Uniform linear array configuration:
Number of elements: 64
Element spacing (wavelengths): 0.25
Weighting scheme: kaiser
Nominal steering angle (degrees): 60
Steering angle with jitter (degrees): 58.593
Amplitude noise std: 0.05
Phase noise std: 0.05

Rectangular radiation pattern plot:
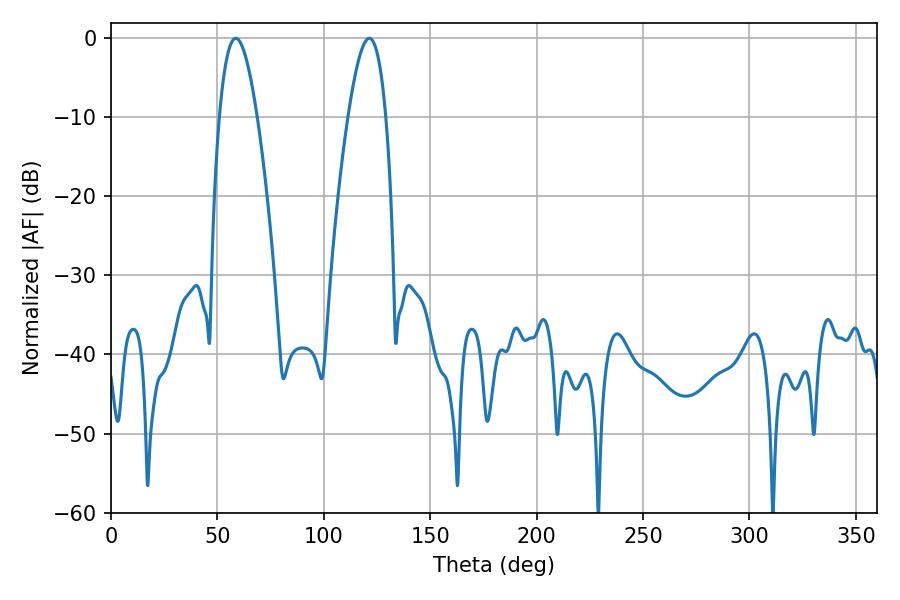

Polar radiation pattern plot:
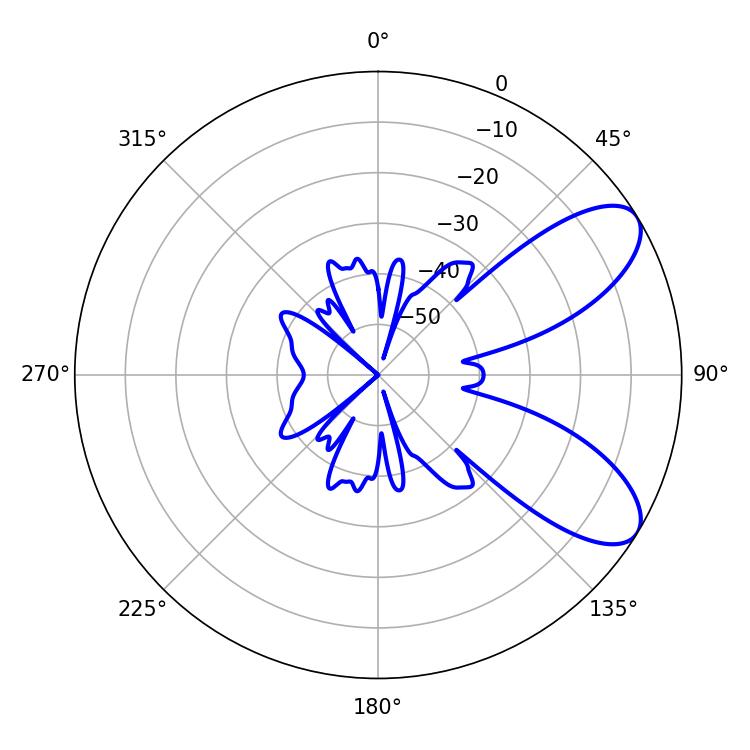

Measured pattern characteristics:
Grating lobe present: FALSE
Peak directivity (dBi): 8.05
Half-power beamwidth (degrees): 9.72
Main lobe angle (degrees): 58.68